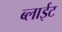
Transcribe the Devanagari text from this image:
ब्लाईट